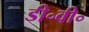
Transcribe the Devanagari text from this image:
डी॰वी॰